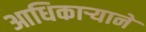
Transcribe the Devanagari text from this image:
आधिकार्‍याने